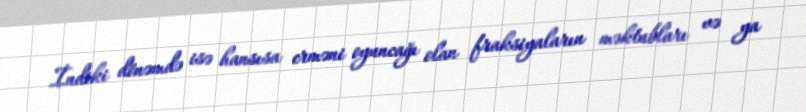
İndiki dönəmdə isə hansısa erməni oyuncağı olan fraksiyaların məktubları və ya